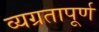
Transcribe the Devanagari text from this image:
व्यग्रतापूर्ण